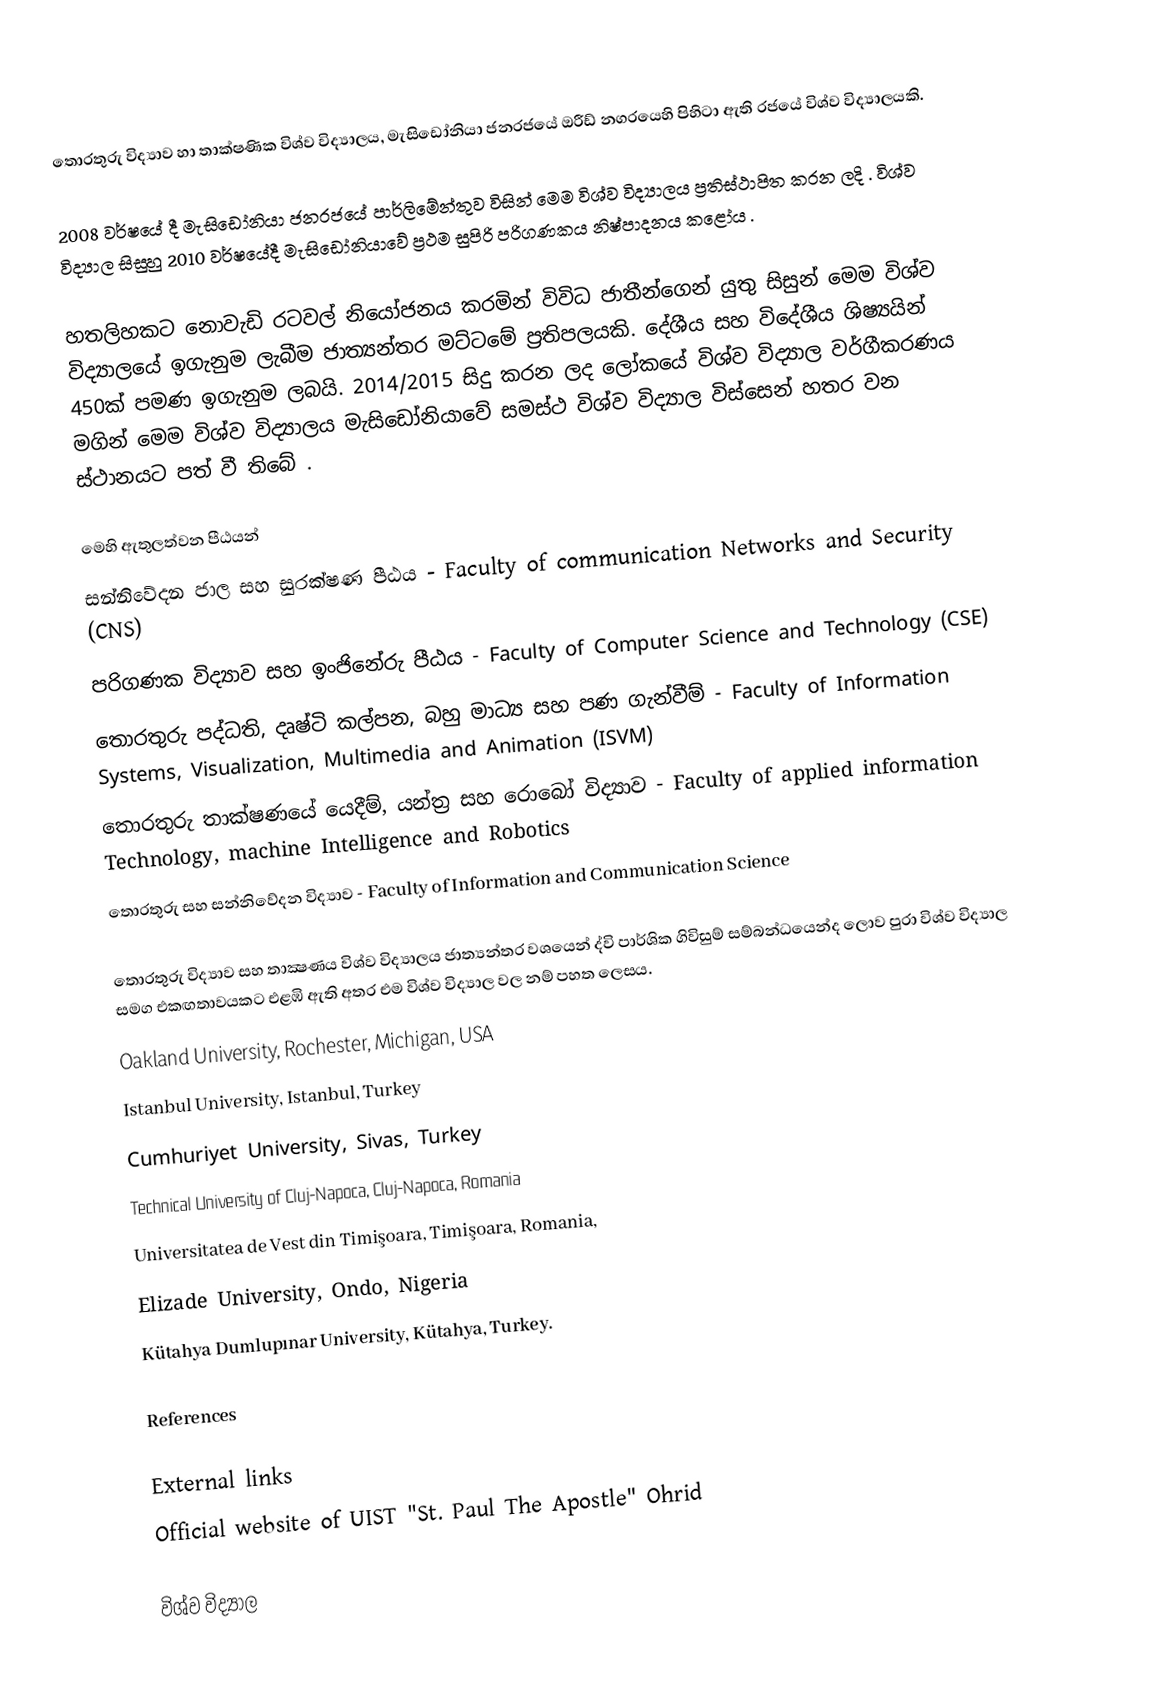
තොරතුරු විද්‍යාව හා තාක්ෂණික විශ්ව විද්‍යාලය, මැසිඩෝනියා ජනරජයේ ඔරීඩ් නගරයෙහි පිහිටා ඇති රජයේ විශ්ව විද්‍යාලයකි.

2008 වර්ෂයේ දී මැසිඩෝනියා ජනරජයේ පාර්ලිමේන්තුව විසින් මෙම විශ්ව විද්‍යාලය ප්‍රතිස්ථාපිත කරන ලදි . විශ්ව විද්‍යාල සිසුහු 2010 වර්ෂයේදී  මැසිඩෝනියාවේ ප්‍රථම සුපිරි පරිගණකය නිෂ්පාදනය කළෝය .

හතලිහකට නොවැඩි රටවල් නියෝජනය කරමින් විවිධ ජාතීන්ගෙන් යුතු සිසුන් මෙම විශ්ව විද්‍යාලයේ ඉගැනුම ලැබීම ජාත්‍යන්තර මට්ටමේ ප්‍රතිපලයකි. දේශීය සහ විදේශීය ශිෂ්‍යයින් 450ක් පමණ ඉගැනුම ලබයි. 2014/2015 සිදු කරන ලද ලෝකයේ විශ්ව විද්‍යාල වර්ගීකරණය මගින් මෙම විශ්ව විද්‍යාලය මැසිඩෝනියාවේ සමස්ථ විශ්ව විද්‍යාල විස්සෙන් හතර වන ස්ථානයට පත් වී තිබේ .

මෙහි ඇතුලත්වන පීඨයන්
 සන්නිවේදන ජාල සහ සුරක්ෂණ පීඨය - Faculty of communication Networks and Security (CNS)
	පරිගණක විද්‍යාව සහ ඉංජිනේරු පීඨය -  Faculty of Computer Science and Technology (CSE)
	තොරතුරු පද්ධති, දෘෂ්ටි කල්පන, බහු මාධ්‍ය සහ පණ ගැන්වීම් - Faculty of Information Systems, Visualization, Multimedia and Animation (ISVM)
	තොරතුරු තාක්ෂණයේ යෙදීම්, යන්ත්‍ර සහ රොබෝ විද්‍යාව - Faculty of applied information Technology, machine Intelligence and Robotics
	තොරතුරු සහ සන්නිවේදන විද්‍යාව - Faculty of Information and Communication Science

තොරතුරු විද්‍යාව සහ තාක්‍ෂණය විශ්ව විද්‍යාලය ජාත්‍යන්තර වශයෙන් ද්වි පාර්ශික ගිවිසුම් සම්බන්ධයෙන්ද ලොව පුරා විශ්ව විද්‍යාල සමග එකඟතාවයකට එළඹි ඇති අතර එම විශ්ව විද්‍යාල වල නම් පහත ලෙසය.
	Oakland University, Rochester, Michigan, USA
	Istanbul University, Istanbul, Turkey
 Cumhuriyet University, Sivas, Turkey
	Technical University of Cluj-Napoca, Cluj-Napoca, Romania
	Universitatea de Vest din Timişoara, Timişoara, Romania,
	Elizade University, Ondo, Nigeria
	Kütahya Dumlupınar University, Kütahya, Turkey.

References

External links
 Official website of UIST "St. Paul The Apostle" Ohrid

විශ්ව විද්‍යාල